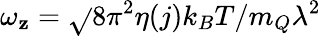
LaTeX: \omega_{\mathbf{z}}=\sqrt{}{{8\pi^{2}\eta(j)k_{B}T/m_{Q}\lambda^{2}}}